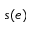
s ( e )